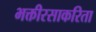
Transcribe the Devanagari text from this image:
भक्तीरसाकरिता